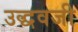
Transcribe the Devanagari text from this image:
उद्धवजी